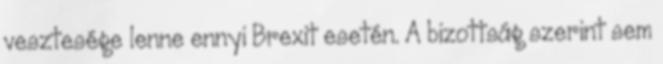
vesztesége lenne ennyi Brexit esetén. A bizottság szerint sem